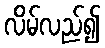
လိမ်လည်၍